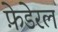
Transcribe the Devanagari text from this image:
फ़ेडेरल